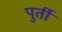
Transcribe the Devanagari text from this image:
पुर्ती